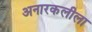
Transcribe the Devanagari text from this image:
अनारकलीला